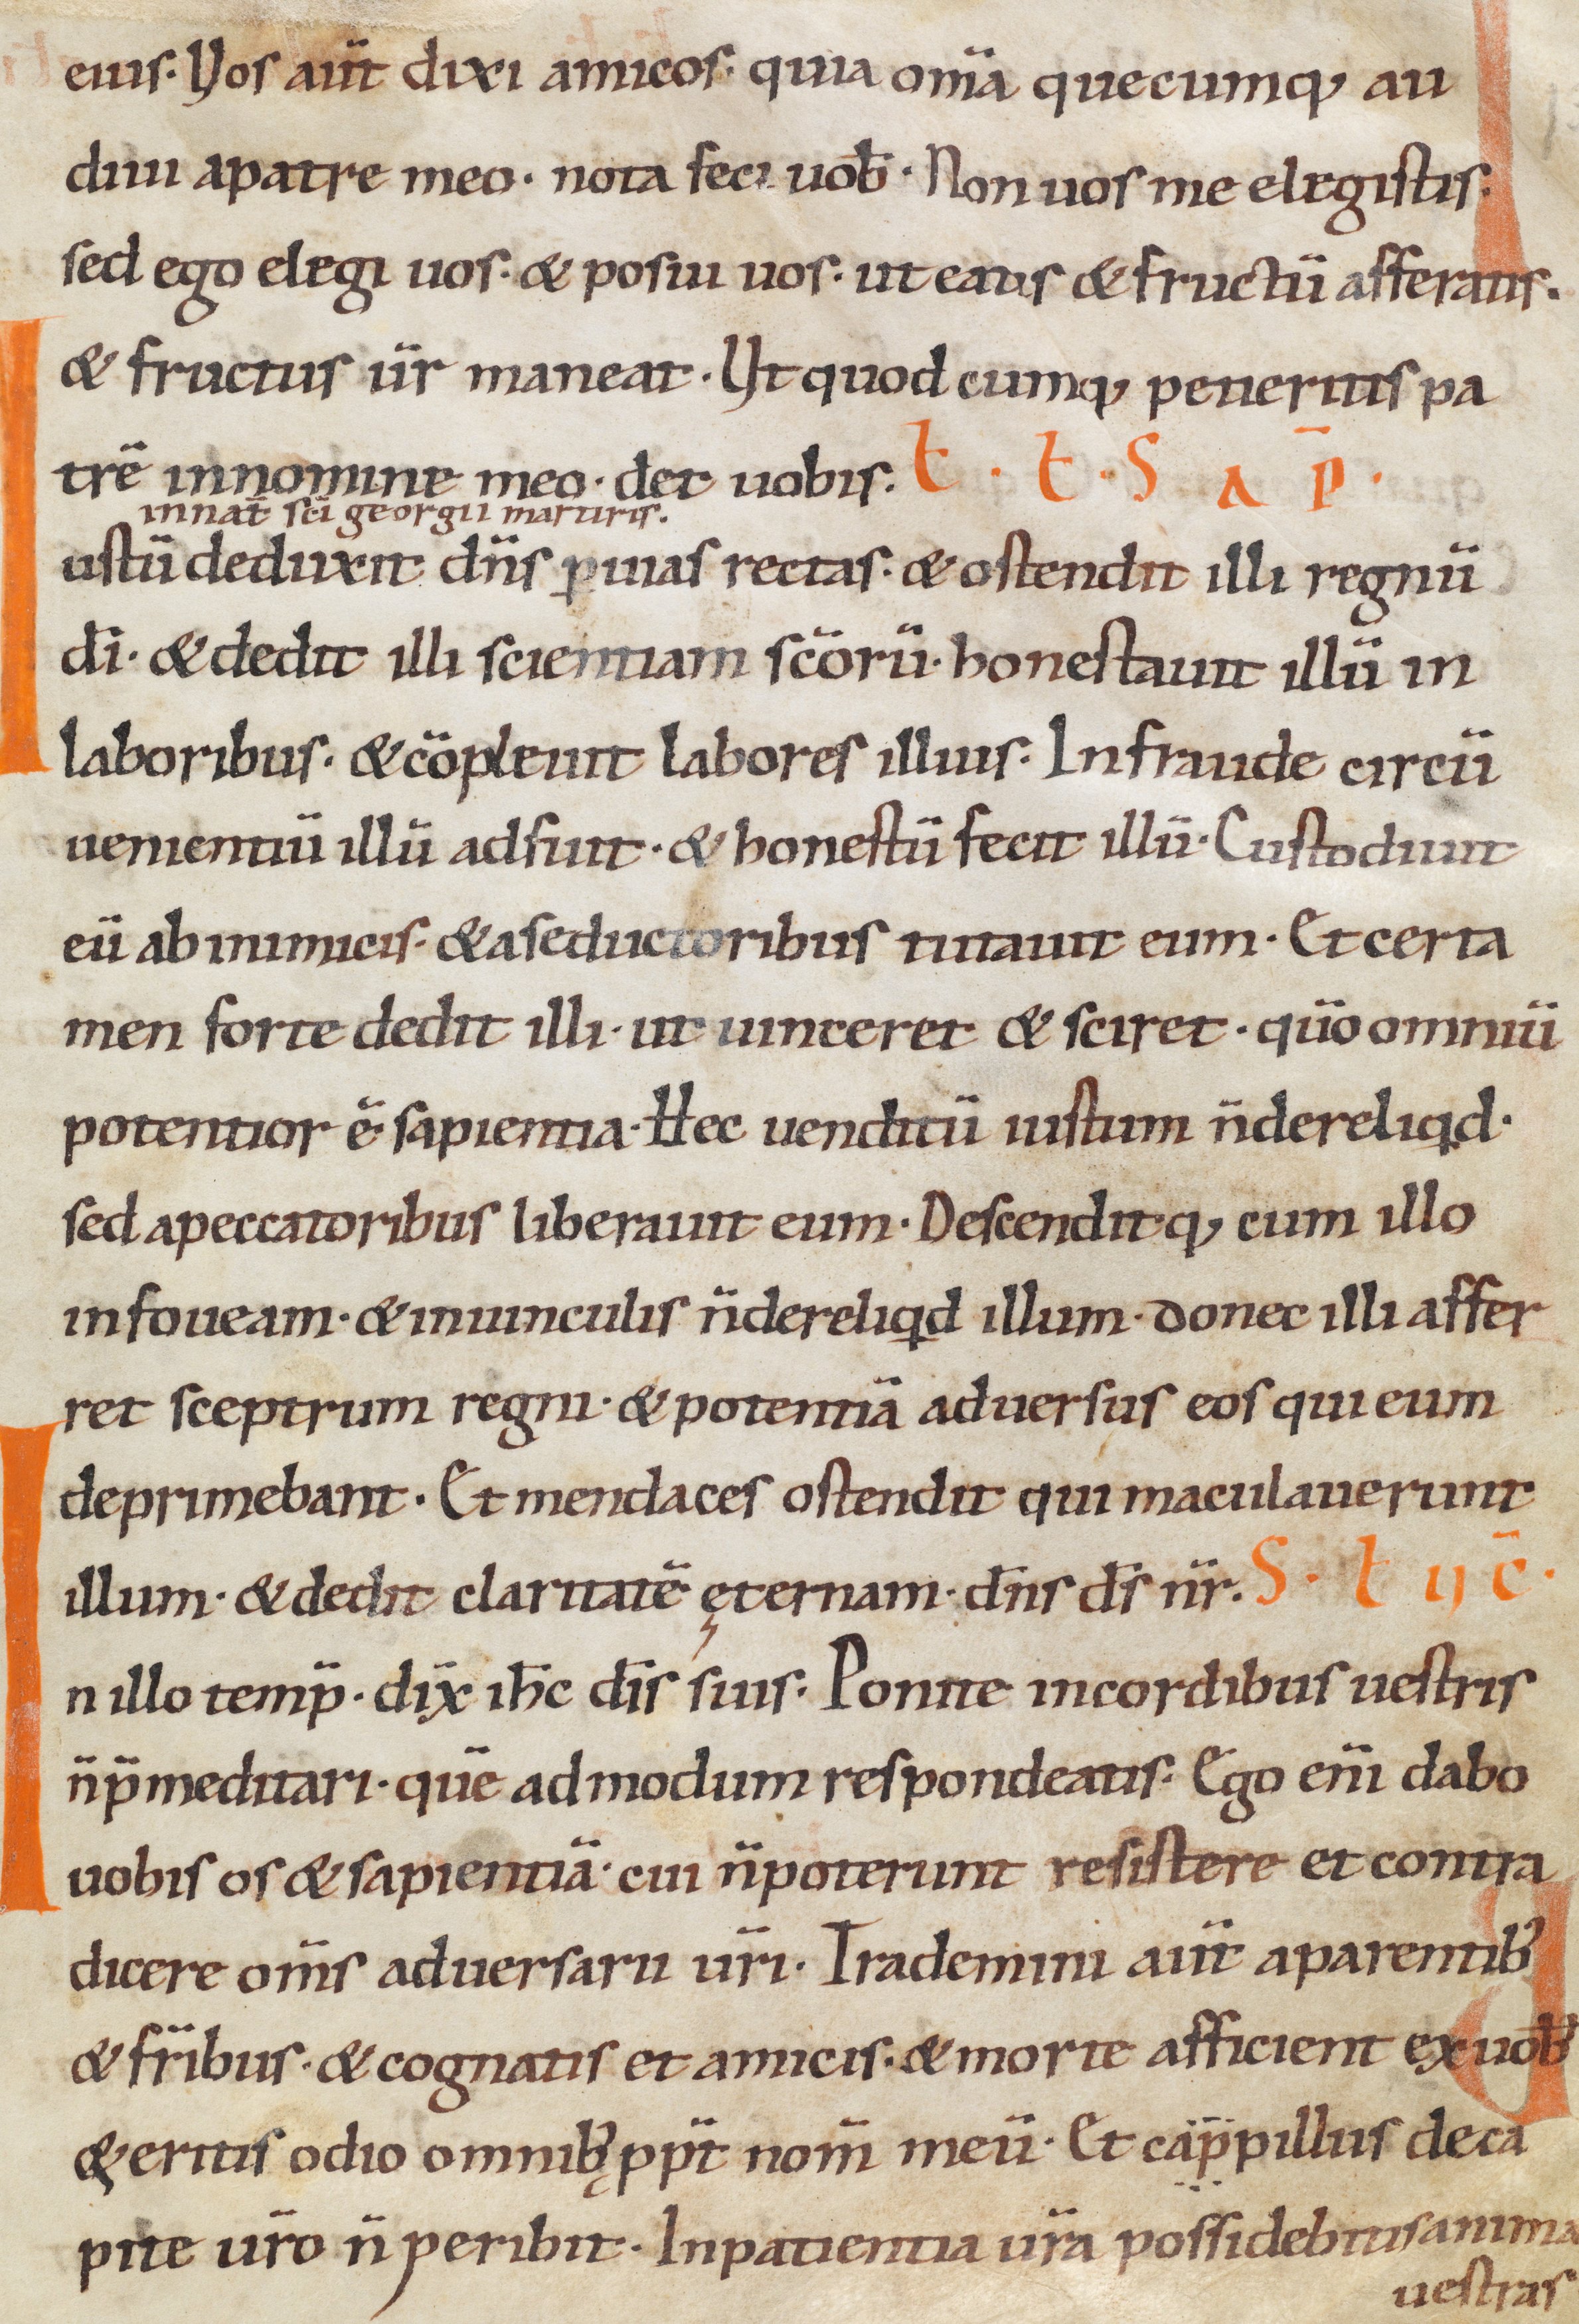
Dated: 1000–1049